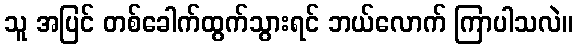
သူ အပြင် တစ်ခေါက်ထွက်သွားရင် ဘယ်လောက် ကြာပါသလဲ။